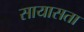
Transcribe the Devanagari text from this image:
सायासता